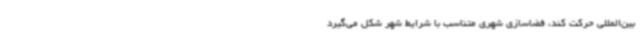
بین‌المللی حرکت کند، فضاسازی شهری متناسب با شرایط شهر شکل می‌گیرد